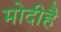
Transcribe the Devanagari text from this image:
मोदीहै